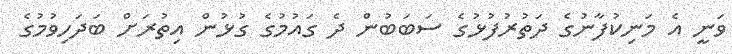
ވަނީ އެ މަނިކުފާނުގެ ދަތުރުފުޅުގެ ސަބަބުން ދެ ގައުމުގެ ގުޅުން އިތުރަށް ބަދަހިވުމުގެ